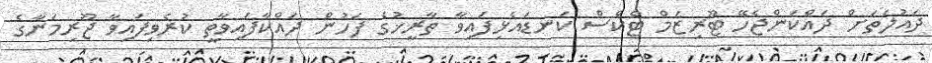
ދައުލަތަށް ދައްކަންޖެހޭ ޓޫރިޒަމް ޓެކްސް ކަނޑައެޅިފައިވާ ތާރީޚުގެ ފަހުން ދައްކާފައިވާތީ ކުރެވިފައިވާ ޖޫރިމަނާގެ